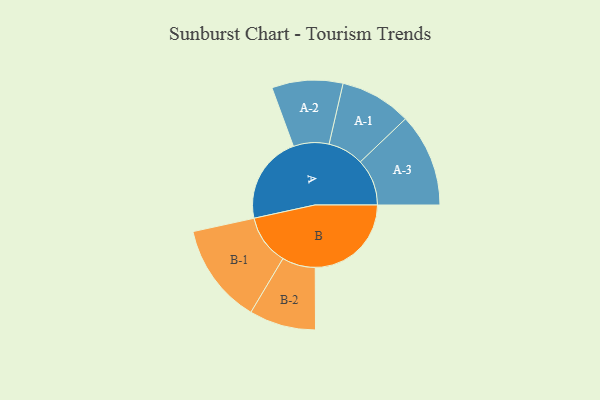
{"axis": {"x": "Segment", "y": "Value"}, "legend": ["", "A", "B"], "data": [{"x": "A", "y": 354, "type": ""}, {"x": "B", "y": 387, "type": ""}, {"x": "A-1", "y": 144, "type": "A"}, {"x": "A-2", "y": 143, "type": "A"}, {"x": "A-3", "y": 188, "type": "A"}, {"x": "B-1", "y": 202, "type": "B"}, {"x": "B-2", "y": 134, "type": "B"}]}